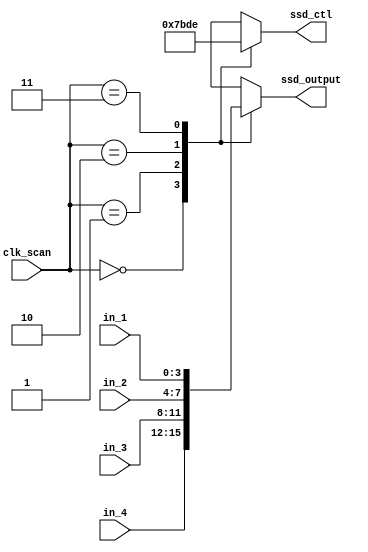
`timescale 1ns / 1ps
//////////////////////////////////////////////////////////////////////////////////
// Company: 
// Engineer: 
// 
// Design Name: 
// Module Name: scan_ctl
// Project Name: 
// Target Devices: 
// Tool Versions: 
// Description: 
// 
// Dependencies: 
// 
// Revision:
// Revision 0.01 - File Created
// Additional Comments:
// 
//////////////////////////////////////////////////////////////////////////////////


module scan_ctl(clk_scan, ssd_output, ssd_ctl, in_4, in_3, in_2, in_1);
    input [1:0] clk_scan;           // clock for scan
    input [3:0] in_1;               // input 1
    input [3:0] in_2;               // input 2
    input [3:0] in_3;               // input 3
    input [3:0] in_4;               // input 4
    output reg [3:0] ssd_output;    // signal to seven segment display decoder
    output reg [3:0] ssd_ctl;       // seven segment display control
    
    always @ *
    begin
        case (clk_scan)
            2'b00:
            begin
                ssd_ctl = 4'b0111;
                ssd_output = in_4;
            end
            2'b01:
            begin
                ssd_ctl = 4'b1011;
                ssd_output = in_3;
            end
            2'b10:
            begin
                ssd_ctl = 4'b1101;
                ssd_output = in_2;
            end
            2'b11:
            begin
                ssd_ctl = 4'b1110;
                ssd_output = in_1;
            end
            default:
            begin
                ssd_ctl = 4'b0000;
                ssd_output = 4'b0;
            end
        endcase
    end
endmodule